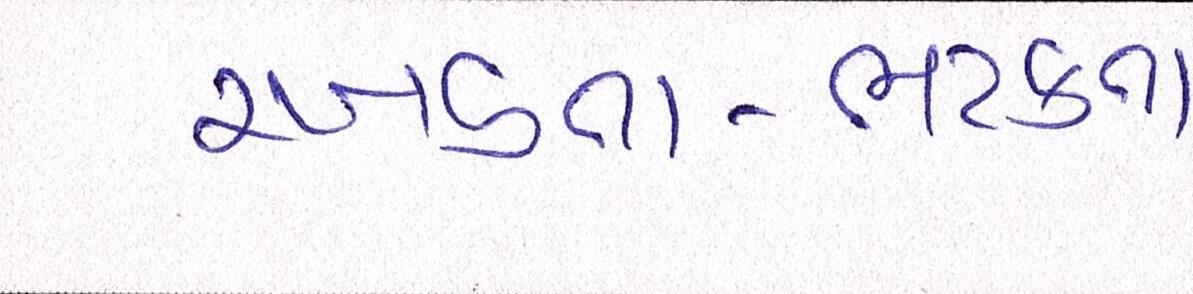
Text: રખડતા-ભટકતા